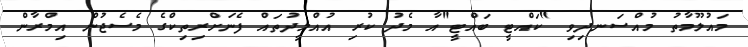
މައުލޫމާތު މުއްސަނދިވި "ކައްޓީ ބައްޓީ"އާ މެދު ކުރި އުއްމީދުތައް ފެނަށްރިތިކްގެ މެސެޖުން އިމްރާން